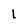
Character: 1